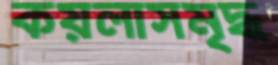
কয়লাসমৃদ্ধ